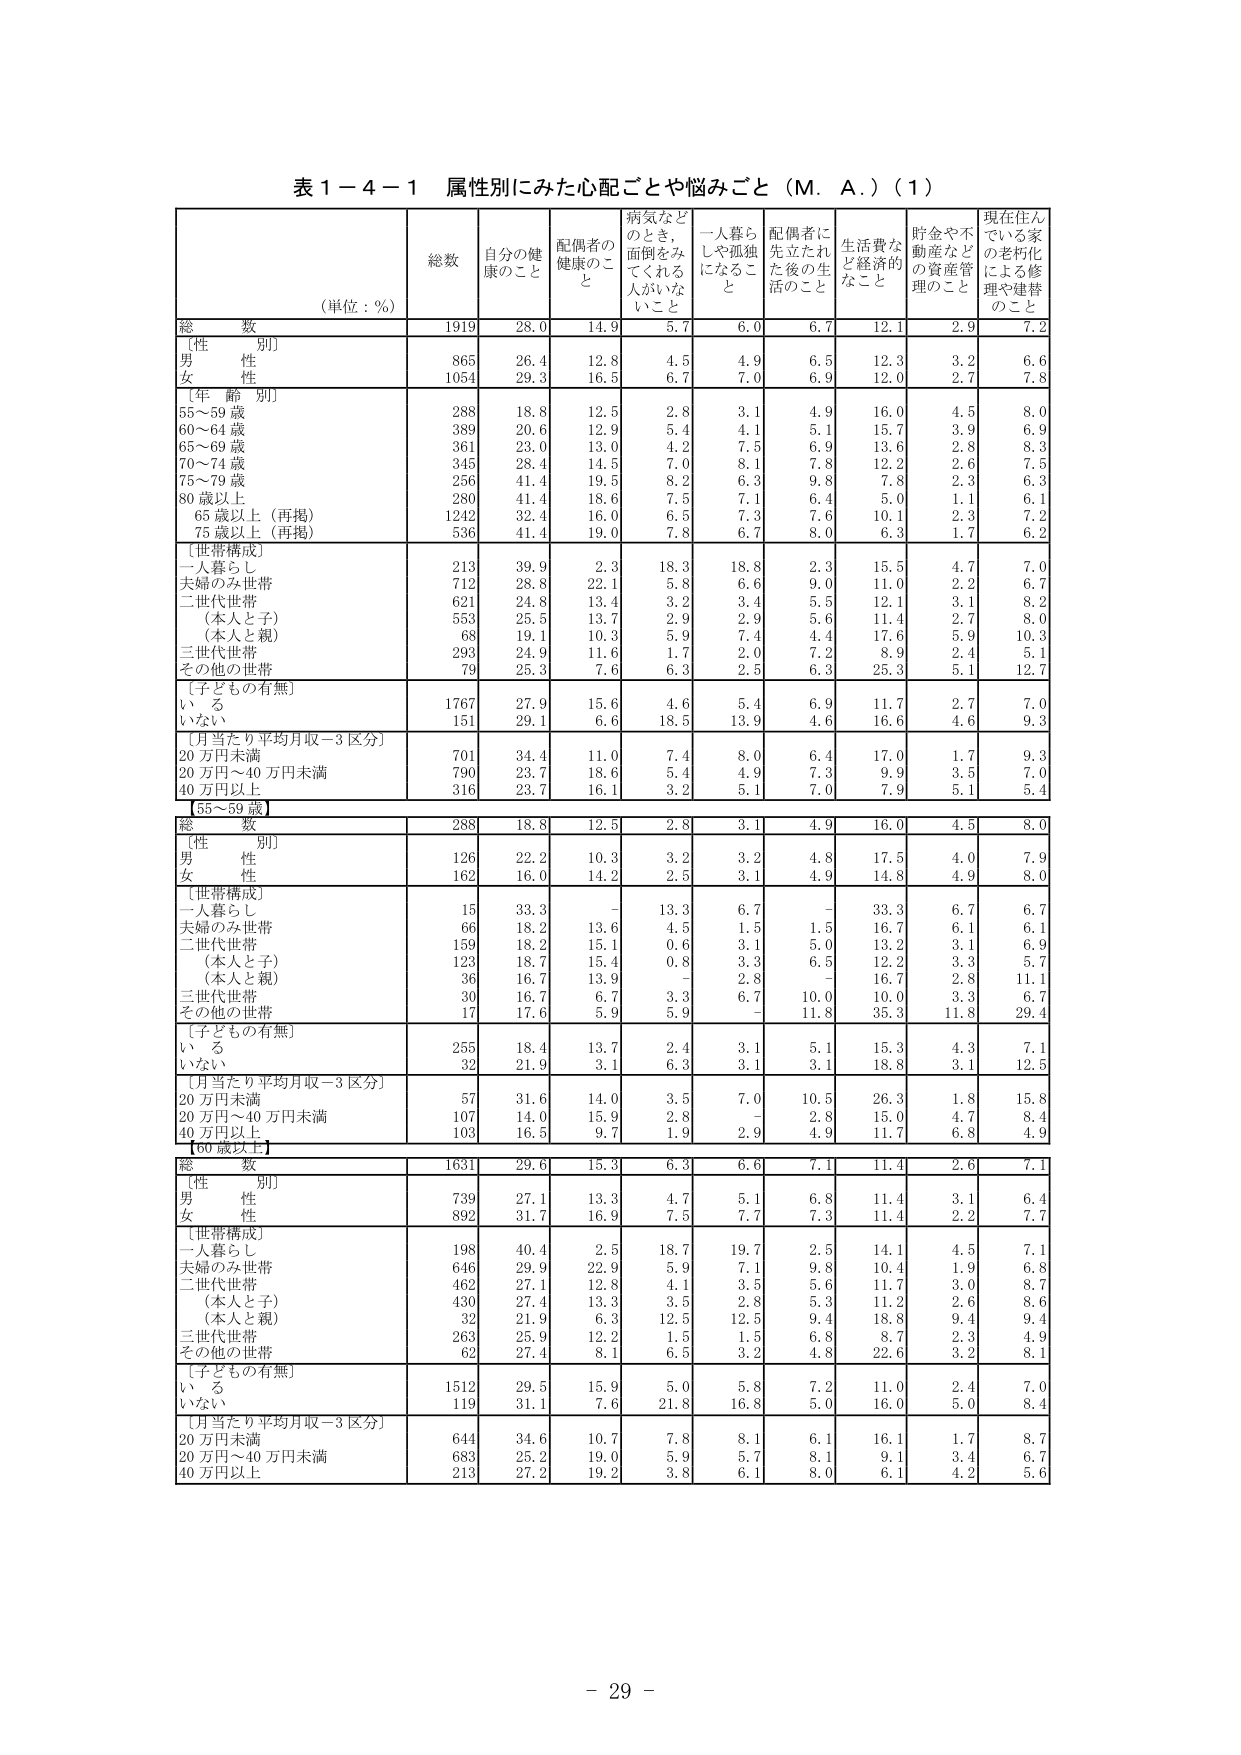
表１－４－１ 属性別にみた心配ごとや悩みごと（M．A．）（１）

（単位：％）

総数 自分の健康のこと 配偶者の健康のこと 病気などのとき、面倒をみてくれる人がいないこと 一人暮らしや孤独になること 配偶者に先立たれた後の生活のこと 生活費など経済的なこと 貯金や不動産などの資産管理のこと 現在住んでいる家の老朽化による修理や建替のこと

総数 1919 28.0 14.9 5.7 6.0 6.7 12.1 2.9 7.2

［性別］
男 865 26.4 12.8 4.5 4.9 6.5 12.3 3.2 6.6
女 1054 29.3 16.5 6.7 7.0 6.9 12.0 2.7 7.8

［年齢別］
55～59歳 288 18.8 12.5 2.8 3.1 4.9 16.0 4.5 8.0
60～64歳 389 20.6 12.9 5.4 4.1 5.1 15.7 3.9 6.9
65～69歳 361 23.0 13.0 4.2 7.5 6.9 13.6 2.8 8.3
70～74歳 345 28.4 14.5 7.0 8.1 7.8 12.2 2.6 7.5
75～79歳 256 41.4 19.5 8.2 6.3 9.8 7.8 2.3 6.3
80歳以上 280 41.4 18.6 7.5 7.1 6.4 5.0 1.1 6.1
65歳以上（再掲） 1242 32.4 16.0 6.5 7.3 7.6 10.1 2.3 7.2
75歳以上（再掲） 536 41.4 19.0 7.8 6.7 8.0 6.3 1.7 6.2

［世帯構成］
一人暮らし 213 39.9 2.3 18.3 18.8 2.3 15.5 4.7 7.0
夫婦のみ世帯 712 28.8 22.1 5.8 6.6 9.0 11.0 2.2 6.7
二世代世帯 621 24.8 13.4 3.2 3.4 5.5 12.1 3.1 8.2
（本人と子） 553 25.5 13.7 2.9 2.9 5.6 11.4 2.7 8.0
（本人と親） 68 19.1 10.3 5.9 7.4 4.4 17.6 5.9 10.3
三世代世帯 293 24.9 11.6 1.7 2.0 7.2 8.9 2.4 5.1
その他の世帯 79 25.3 7.6 6.3 2.5 6.3 25.3 5.1 12.7

［子どもの有無］
いる 1767 27.9 15.6 4.6 5.4 6.9 11.7 2.7 7.0
いない 151 29.1 6.6 18.5 13.9 4.6 16.6 4.6 9.3

［月当たり平均月収－3区分］
20万円未満 701 34.4 11.0 7.4 8.0 6.4 17.0 1.7 9.3
20万円～40万円未満 790 23.7 18.6 5.4 4.9 7.3 9.9 3.5 7.0
40万円以上 316 23.7 16.1 3.2 5.1 7.0 7.9 5.1 5.4

【55～59歳】

総数 288 18.8 12.5 2.8 3.1 4.9 16.0 4.5 8.0

［性別］
男 126 22.2 10.3 3.2 3.2 4.8 17.5 4.0 7.9
女 162 16.0 14.2 2.5 3.1 4.9 14.8 4.9 8.0

［世帯構成］
一人暮らし 15 33.3 - 13.3 6.7 - 33.3 6.7 6.7
夫婦のみ世帯 66 18.2 13.6 4.5 1.5 1.5 16.7 6.1 6.1
二世代世帯 159 18.2 15.1 0.6 3.1 5.0 13.2 3.1 6.9
（本人と子） 123 18.7 15.4 0.8 3.3 6.5 12.2 3.3 5.7
（本人と親） 36 16.7 13.9 - 2.8 - 16.7 2.8 11.1
三世代世帯 30 16.7 6.7 3.3 6.7 10.0 10.0 3.3 6.7
その他の世帯 17 17.6 5.9 5.9 - 11.8 35.3 11.8 29.4

［子どもの有無］
いる 255 18.4 13.7 2.4 3.1 5.1 15.3 4.3 7.1
いない 32 21.9 3.1 6.3 3.1 3.1 18.8 3.1 12.5

［月当たり平均月収－3区分］
20万円未満 57 31.6 14.0 3.5 7.0 10.5 26.3 1.8 15.8
20万円～40万円未満 107 14.0 15.9 2.8 - 2.8 15.0 4.7 8.4
40万円以上 103 16.5 9.7 1.9 2.9 4.9 11.7 6.8 4.9

【60歳以上】

総数 1631 29.6 15.3 6.3 6.6 7.1 11.4 2.6 7.1

［性別］
男 739 27.1 13.3 4.7 5.1 6.8 11.4 3.1 6.4
女 892 31.7 16.9 7.5 7.7 7.3 11.4 2.2 7.7

［世帯構成］
一人暮らし 198 40.4 2.5 18.7 19.7 2.5 14.1 4.5 7.1
夫婦のみ世帯 646 29.9 22.9 5.9 7.1 9.8 10.4 1.9 6.8
二世代世帯 462 27.1 12.8 4.1 3.5 5.6 11.7 3.0 8.7
（本人と子） 430 27.4 13.3 3.5 2.8 5.3 11.2 2.6 8.6
（本人と親） 32 21.9 6.3 12.5 12.5 9.4 18.8 9.4 9.4
三世代世帯 263 25.9 12.2 1.5 1.5 6.8 8.7 2.3 4.9
その他の世帯 62 27.4 8.1 6.5 3.2 4.8 22.6 3.2 8.1

［子どもの有無］
いる 1512 29.5 15.9 5.0 5.8 7.2 11.0 2.4 7.0
いない 119 31.1 7.6 21.8 16.8 5.0 16.0 5.0 8.4

［月当たり平均月収－3区分］
20万円未満 644 34.6 10.7 7.8 8.1 6.1 16.1 1.7 8.7
20万円～40万円未満 683 25.2 19.0 5.9 5.7 8.1 9.1 3.4 6.7
40万円以上 213 27.2 19.2 3.8 6.1 8.0 6.1 4.2 5.6

－ 29 －